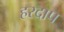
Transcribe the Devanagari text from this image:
हरदाप